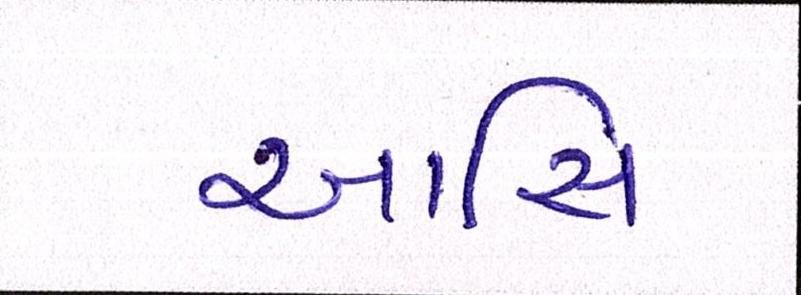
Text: આસિ